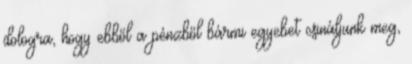
dologra, hogy ebből a pénzből bármi egyebet csináljunk meg,